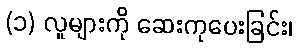
(၁) လူများကို ဆေးကုပေးခြင်း၊